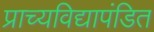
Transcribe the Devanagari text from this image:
प्राच्यविद्यापंडित